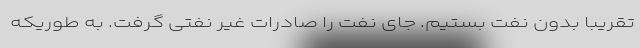
تقریبا بدون نفت بستیم. جای نفت را صادرات غیر نفتی گرفت. به طوریکه